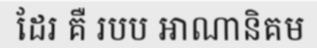
ដែរ គឺ របប អាណានិគម